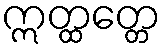
ဣတ္ထတ္တေ